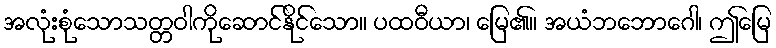
အလုံးစုံသောသတ္တဝါကိုဆောင်နိုင်သော။ ပထဝီယာ၊ မြေ၏။ အယံဘဘောဂေါ၊ ဤမြေ